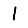
Digit: 1